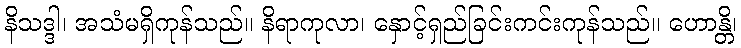
နိသဒ္ဒါ၊ အသံမရှိကုန်သည်။ နိရာကုလာ၊ နှောင့်ရှည်ခြင်းကင်းကုန်သည်။ ဟောန္တိ၊